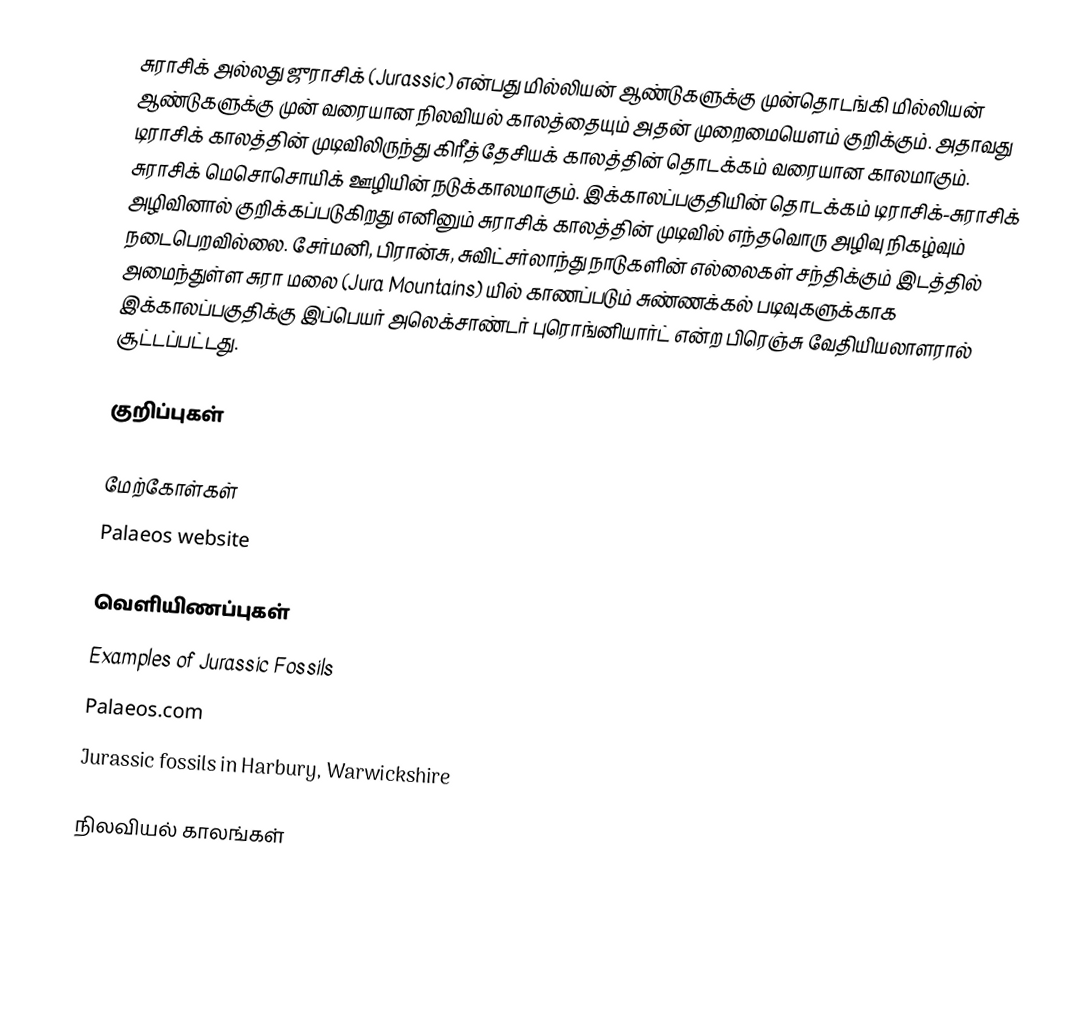
சுராசிக் அல்லது ஜுராசிக் (Jurassic) என்பது  மில்லியன் ஆண்டுகளுக்கு முன்தொடங்கி  மில்லியன் ஆண்டுகளுக்கு முன் வரையான நிலவியல் காலத்தையும் அதன் முறைமையௌம் குறிக்கும். அதாவது டிராசிக் காலத்தின் முடிவிலிருந்து கிரீத்தேசியக் காலத்தின் தொடக்கம் வரையான காலமாகும். சுராசிக் மெசொசொயிக் ஊழியின் நடுக்காலமாகும். இக்காலப்பகுதியின் தொடக்கம் டிராசிக்-சுராசிக் அழிவினால் குறிக்கப்படுகிறது எனினும் சுராசிக் காலத்தின் முடிவில் எந்தவொரு அழிவு நிகழ்வும் நடைபெறவில்லை. சேர்மனி, பிரான்சு, சுவிட்சர்லாந்து நாடுகளின் எல்லைகள் சந்திக்கும் இடத்தில் அமைந்துள்ள சுரா மலை (Jura Mountains) யில் காணப்படும் சுண்ணக்கல் படிவுகளுக்காக இக்காலப்பகுதிக்கு இப்பெயர் அலெக்சாண்டர் புரொங்னியார்ட் என்ற பிரெஞ்சு வேதியியலாளரால் சூட்டப்பட்டது.

குறிப்புகள்

மேற்கோள்கள்
 Palaeos website

வெளியிணப்புகள்
 Examples of Jurassic Fossils
 Palaeos.com
 Jurassic fossils in Harbury, Warwickshire

நிலவியல் காலங்கள்